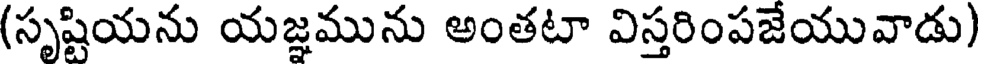
(సృష్టియను యజ్ఞమును అంతటా విస్తరింపజేయువాడు)